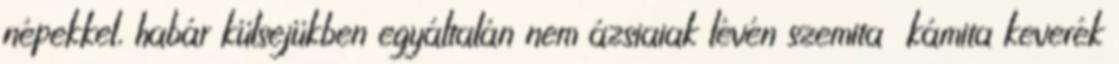
népekkel, habár külsejükben egyáltalán nem ázsiaiak lévén szemita kámita keverék